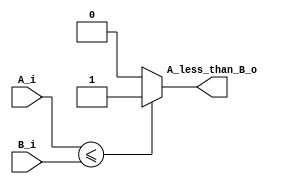
module comparatorLessOrEqualThan
#(
   parameter DATA_WIDTH = 13
)(
	input [DATA_WIDTH-1:0]  A_i,
	input [DATA_WIDTH-1:0]  B_i, 
	output                  A_less_than_B_o
);

assign A_less_than_B_o = ( A_i <= B_i ) ? 1'b1 :  1'b0;

endmodule